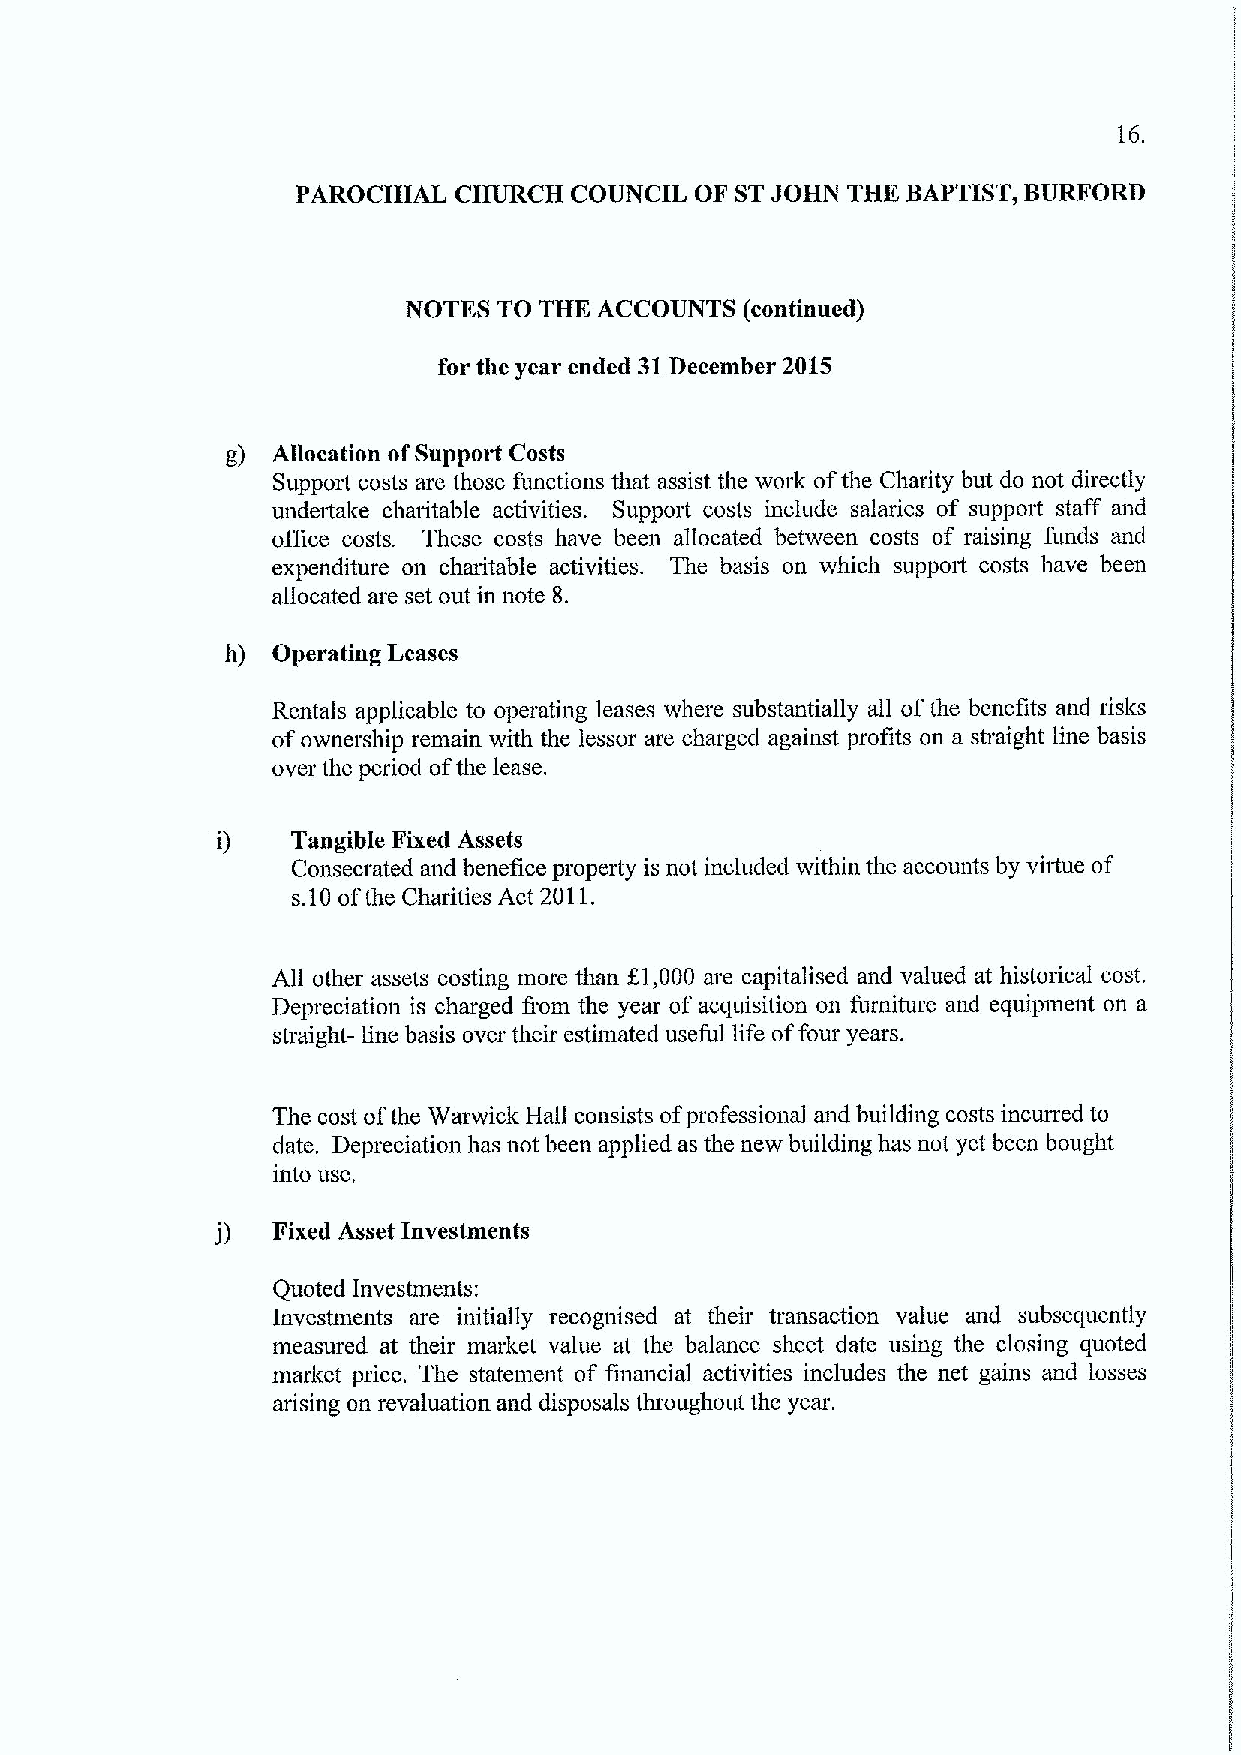
16.
 PAROCHIAL CHURCH  COUNCIL OF STJOHN THK BAPTIST, BURFORD
 NOTKS TO THK ACCOUNTS (continued)
 for the year ended 31December 2015
 g) Allocation ofSupport Costs
 Support costs are those functions that assist the work ofthe Charity but do not directly
 undertake charitable activities, Support costs include salaries of support staff and
 office costs. These costs have been allocated between costs of raising funds and
 expenditure on charitable activities. The basis on which support costs have been
 allocated are set out in note 8.
 h) Operating Leases
 Rentals applicable to operating leases where substantially all ofthe benefits and risks
 ofownership remain with the lessor are charged against profits on a straight line basis
 over the period ofthe lease.
 i)   Tangible Fixed Assets
 Consecrated and benefice property is not included within the accounts by vhtue of
 s.10ofthe Charities Act 2011.
 All other assets costing more than f.1,000 are capitalised and valued at historical cost.
 Depreciation is charged fiom the year of acquisition on furniture and equipment on a
 straight- line basis over their estimated useful life offour years.
 The cost ofthe Warwick Hall consists ofprofessional and building costs incurred to
 date. Depreciation has not been applied as the new building has not yet been bought
 into use,
 j)  Fixed Asset Investments
 Quoted Investments:
 Investments are initially recognised at their transaction value and subsequently
 measured at their market value at the balance sheet date using the closing quoted
 market price. The statement of financial activities includes the net gains and losses
 arising on revaluation and disposals throughout the year.